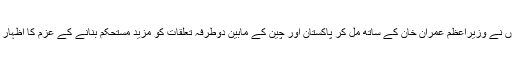
انہوں نے وزیراعظم عمران خان کے ساتھ مل کر پاکستان اور چین کے مابین دوطرفہ تعلقات کو مزید مستحکم بنانے کے عزم کا اظہار کیا۔